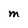
Character: M